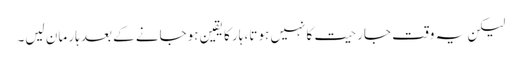
لیکن یہ وقت جارحیت کا نہیں ہوتا، ہار کا یقین ہوجانے کے بعد ہار مان لیں۔